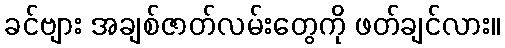
ခင်ဗျား အချစ်ဇာတ်လမ်းတွေကို ဖတ်ချင်လား။